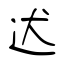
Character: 迖